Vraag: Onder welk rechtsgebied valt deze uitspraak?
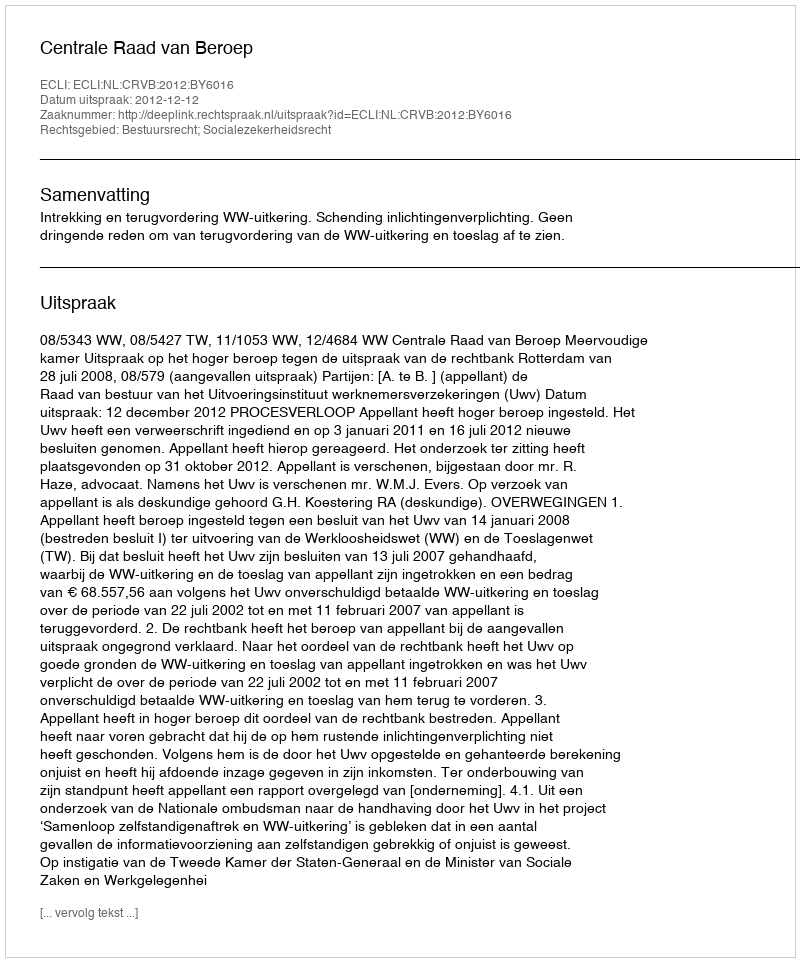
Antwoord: Bestuursrecht; Socialezekerheidsrecht